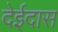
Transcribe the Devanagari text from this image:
देईदास